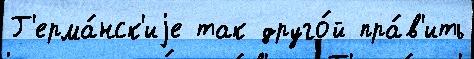
Г'ерма́нск'иjе так друго́й пра́в'ить